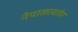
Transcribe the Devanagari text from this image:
नेपाळाबाहेर